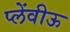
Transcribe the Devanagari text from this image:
प्लेंवीऊ